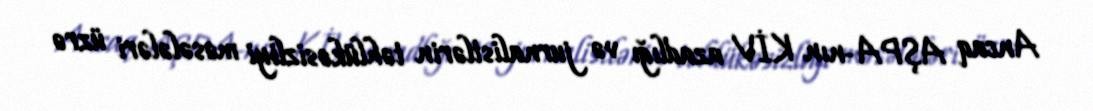
Ancaq AŞPA-nın KİV azadlığı və jurnalistlərin təhlükəsizliyi məsələləri üzrə